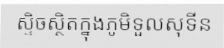
ស្ទិចស្ថិតក្នុងភូមិទួលសុទីន